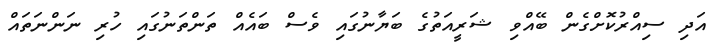
އަދި ސިއްރުކޮށްގެން ބޭއްވި ޝަރީއަތުގެ ބަޔާނުގައި ވެސް ބައެއް ތަންތަނުގައި ހުރި ނަންނަތައް